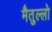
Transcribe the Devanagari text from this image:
मैतुल्लो